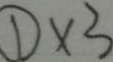
\textcircled { 1 } \times 3